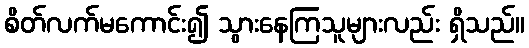
စိတ်လက်မကောင်း၍ သွားနေကြသူများလည်း ရှိသည်။